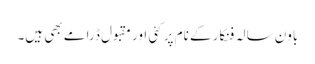
باون سالہ فنکار کے نام پر کئی اور مقبول ڈرامے بھی ہیں۔